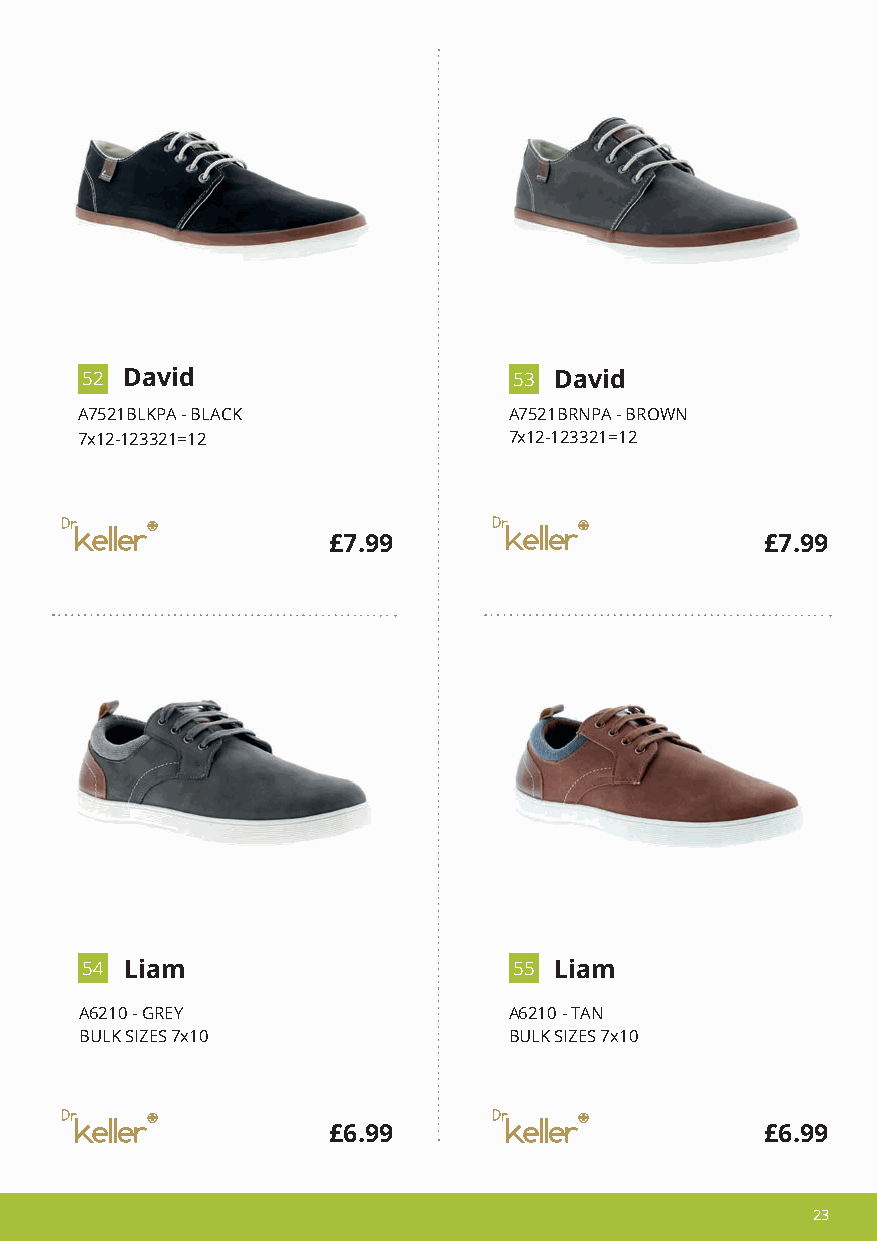
Ray
 5 2 David                    5 3 David
 A7521BLKPA - BLACK           A7521BRNPA - BROWN
 7x12-123321=12               7x12-123321=12
 £7.99                        £7.99
 5 4 Liam                     5 5 Liam
 A6210 - GREY                 A6210 - TAN
 BULK SIZES 7x10              BULK SIZES 7x10
 £6.99                        £6.99
 2233